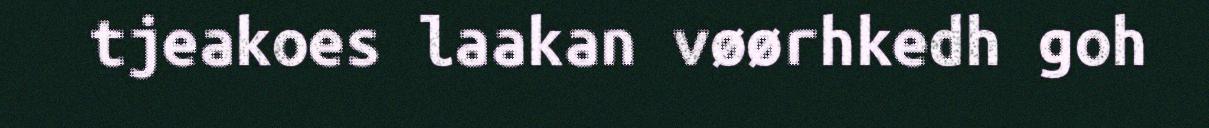
tjeakoes laakan vøørhkedh goh